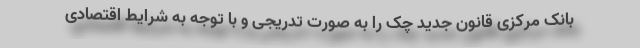
بانک مرکزی قانون جدید چک را به صورت تدریجی و با توجه به شرایط اقتصادی